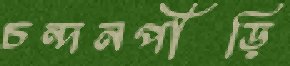
চন্দনপীঁড়ি